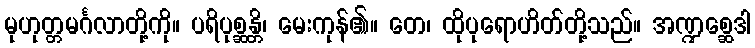
မုဟုတ္တမင်္ဂလာတို့ကို။ ပရိပုစ္ဆန္တိ၊ မေးကုန်၏။ တေ၊ ထိုပုရောဟိတ်တို့သည်။ အဏ္ဍစ္ဆေဒါ